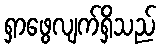
ရှာဖွေလျက်ရှိသည်